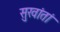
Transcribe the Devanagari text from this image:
सुखांतां